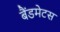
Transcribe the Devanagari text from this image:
बैंडमेटस